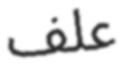
علف